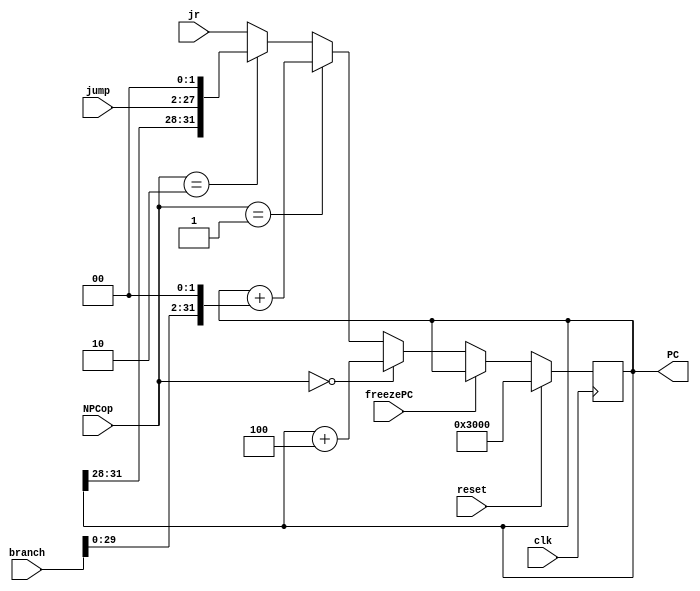
`timescale 1ns / 1ps
//////////////////////////////////////////////////////////////////////////////////
// Company: 
// Engineer: 
// 
// Design Name: 
// Module Name:    IFU 
// Project Name: 
// Target Devices: 
// Tool versions: 
// Description: 
//
// Dependencies: 
//
// Revision: 
// Revision 0.01 - File Created
// Additional Comments: 
//
//////////////////////////////////////////////////////////////////////////////////
module IFU(
	input [2:0] NPCop,
	input clk,
	input reset,
	input [31:0] branch,
	input [25:0] jump,
	input [31:0] jr,
	input freezePC,
	output reg [31:0] PC
    );

	reg [31:0] branchPC,jumpPC;
	
	always@(*)begin
		branchPC=PC+(branch<<2);
		jumpPC={PC[31:28],jump,2'b00};
	end
	
	always@(posedge clk)begin
		if(reset)begin
			PC<=32'h3000; 
		end
		else if(freezePC)begin
			PC<=PC;
		end 
		else begin
			PC<=(NPCop==0)?PC+4:
				 (NPCop==1)?branchPC:
				 (NPCop==2)?jumpPC:jr;
		end
	end
endmodule